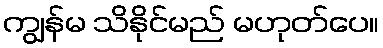
ကျွန်မ သိနိုင်မည် မဟုတ်ပေ။